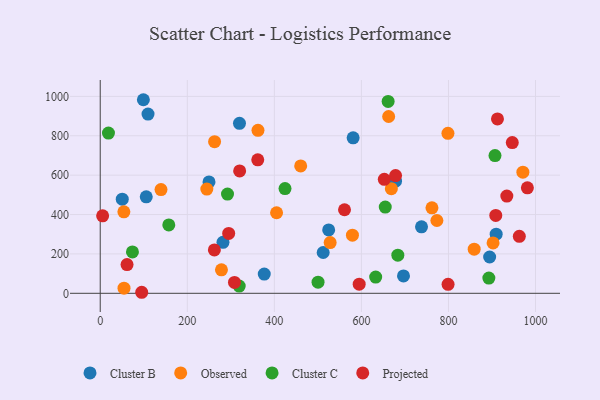
{"axis": {"x": "Speed", "y": "Yield"}, "legend": ["Cluster B", "Cluster C", "Observed", "Projected"], "data": [{"x": "524.8", "y": 321.9, "type": "Cluster B"}, {"x": "282.0", "y": 258.8, "type": "Cluster B"}, {"x": "319.9", "y": 863.4, "type": "Cluster B"}, {"x": "909.6", "y": 300.1, "type": "Cluster B"}, {"x": "376.8", "y": 97.8, "type": "Cluster B"}, {"x": "738.1", "y": 337.8, "type": "Cluster B"}, {"x": "894.6", "y": 184.3, "type": "Cluster B"}, {"x": "678.4", "y": 569.2, "type": "Cluster B"}, {"x": "581.0", "y": 789.7, "type": "Cluster B"}, {"x": "696.7", "y": 88.1, "type": "Cluster B"}, {"x": "109.8", "y": 910.2, "type": "Cluster B"}, {"x": "249.9", "y": 565.5, "type": "Cluster B"}, {"x": "50.6", "y": 478.1, "type": "Cluster B"}, {"x": "105.7", "y": 490.1, "type": "Cluster B"}, {"x": "99.1", "y": 983.1, "type": "Cluster B"}, {"x": "512.2", "y": 207.3, "type": "Cluster B"}, {"x": "139.6", "y": 527.0, "type": "Observed"}, {"x": "460.5", "y": 647.1, "type": "Observed"}, {"x": "662.6", "y": 897.8, "type": "Observed"}, {"x": "668.8", "y": 531.1, "type": "Observed"}, {"x": "579.4", "y": 295.4, "type": "Observed"}, {"x": "278.5", "y": 119.1, "type": "Observed"}, {"x": "773.4", "y": 369.7, "type": "Observed"}, {"x": "54.3", "y": 413.7, "type": "Observed"}, {"x": "362.4", "y": 827.9, "type": "Observed"}, {"x": "262.7", "y": 770.1, "type": "Observed"}, {"x": "859.1", "y": 224.1, "type": "Observed"}, {"x": "528.2", "y": 257.7, "type": "Observed"}, {"x": "54.6", "y": 26.0, "type": "Observed"}, {"x": "244.9", "y": 529.4, "type": "Observed"}, {"x": "405.1", "y": 409.0, "type": "Observed"}, {"x": "902.5", "y": 255.9, "type": "Observed"}, {"x": "798.8", "y": 812.3, "type": "Observed"}, {"x": "762.1", "y": 434.2, "type": "Observed"}, {"x": "971.0", "y": 615.4, "type": "Observed"}, {"x": "424.5", "y": 532.1, "type": "Cluster C"}, {"x": "319.3", "y": 36.7, "type": "Cluster C"}, {"x": "683.7", "y": 193.8, "type": "Cluster C"}, {"x": "892.8", "y": 77.4, "type": "Cluster C"}, {"x": "157.5", "y": 347.1, "type": "Cluster C"}, {"x": "906.9", "y": 699.7, "type": "Cluster C"}, {"x": "500.4", "y": 56.6, "type": "Cluster C"}, {"x": "292.4", "y": 504.0, "type": "Cluster C"}, {"x": "661.4", "y": 974.4, "type": "Cluster C"}, {"x": "654.8", "y": 437.8, "type": "Cluster C"}, {"x": "74.0", "y": 209.9, "type": "Cluster C"}, {"x": "18.9", "y": 813.5, "type": "Cluster C"}, {"x": "632.8", "y": 82.5, "type": "Cluster C"}, {"x": "61.6", "y": 146.1, "type": "Projected"}, {"x": "262.2", "y": 220.3, "type": "Projected"}, {"x": "308.4", "y": 55.0, "type": "Projected"}, {"x": "981.3", "y": 535.6, "type": "Projected"}, {"x": "320.3", "y": 621.4, "type": "Projected"}, {"x": "934.1", "y": 493.8, "type": "Projected"}, {"x": "908.7", "y": 395.7, "type": "Projected"}, {"x": "678.5", "y": 597.9, "type": "Projected"}, {"x": "946.6", "y": 765.3, "type": "Projected"}, {"x": "799.1", "y": 45.6, "type": "Projected"}, {"x": "652.6", "y": 578.6, "type": "Projected"}, {"x": "594.9", "y": 46.4, "type": "Projected"}, {"x": "561.2", "y": 424.3, "type": "Projected"}, {"x": "5.5", "y": 393.7, "type": "Projected"}, {"x": "361.9", "y": 677.8, "type": "Projected"}, {"x": "962.8", "y": 289.1, "type": "Projected"}, {"x": "295.1", "y": 304.3, "type": "Projected"}, {"x": "912.6", "y": 885.7, "type": "Projected"}, {"x": "95.3", "y": 5.2, "type": "Projected"}]}